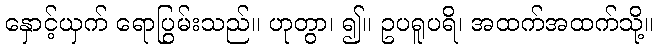
နှောင့်ယှက် ရောပြွမ်းသည်။ ဟုတွာ၊ ၍။ ဥပရူပရိ၊ အထက်အထက်သို့။